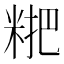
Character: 𥺕